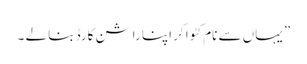
” یہاں سے نام کٹوا کر اپنا راشن کارڈ بنا لے ۔